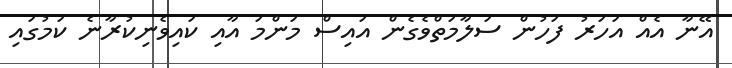
އޭނާ އެއް އަހަރު ފަހުން ސަލާމަތްވެގެން އައިސް މަންމަ އާއި ކައިވެނިކުރާނެ ކަމުގައި